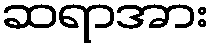
ဆရာအား